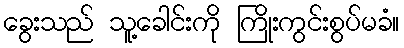
ခွေးသည် သူ့ခေါင်းကို ကြိုးကွင်းစွပ်မခံ။